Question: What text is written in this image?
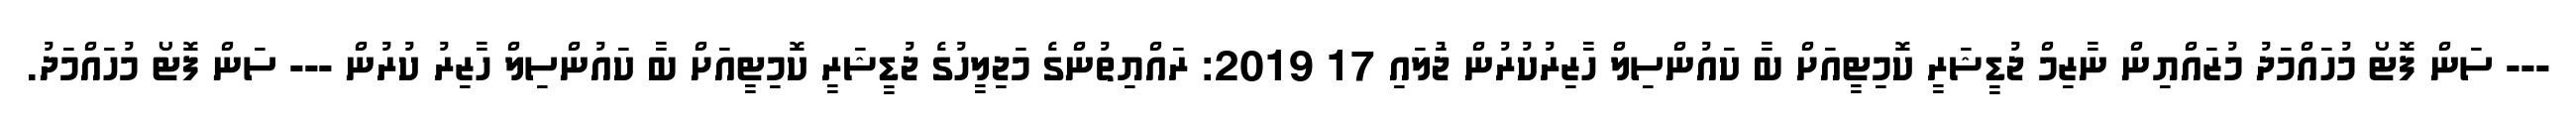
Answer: --- ސަން ފޮޓޯ މުހައްމަދު މުޒައްޔިން ނާޒިމް ޖުޑީޝަރީ ކޮމިޓީއަށް ބާ ކައުންސިލް ހާޒިރުކުރުން ޖުަލައި 17 2019: ރައްޔިތުންގެ މަޖިލީހުގެ ޖުޑީޝަރީ ކޮމިޓީއަށް ބާ ކައުންސިލް ހާޒިރު ކުރުން --- ސަން ފޮޓޯ މުހައްމަދު.